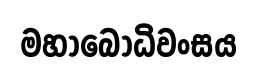
මහාබෝධිවංසය